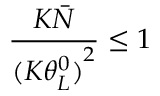
\frac { { K \bar { N } } } { ( K { { \theta _ { L } ^ { 0 } ) } ^ { 2 } } } \le 1